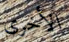
الأخرى